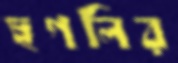
হুগলির